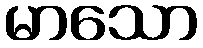
မာသော